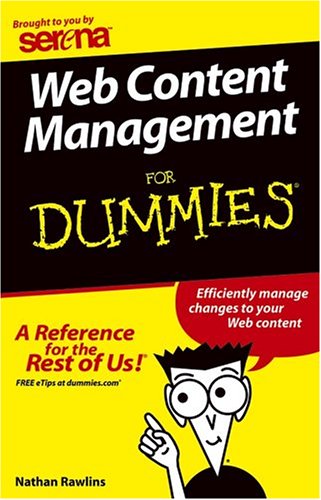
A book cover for Web Content Management for Dummies; Nathan Rawlins; Computers & Technology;